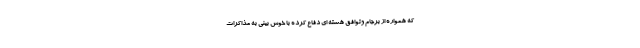
که همواره از برجام وتوافق هسته ای دفاع کرده با خوش بینی به مذاکرات